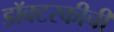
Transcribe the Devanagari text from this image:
डॉक्टरकीची